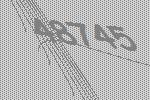
48745